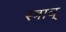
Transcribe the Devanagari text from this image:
स्त्राव्